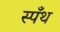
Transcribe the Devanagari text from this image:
स्पँथ